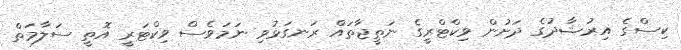
ކިސްގެ އިރުޝާދުގެ ދަށުން ވިކްޓްރީގެ ނަތީޖާތައް ރަނގަޅުވި ނަމަވެސް ވިކްޓަރީ އޮތީ ސަލާމަތް